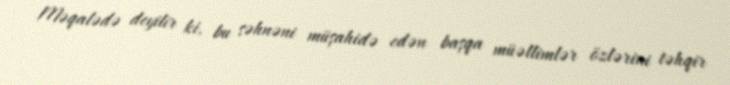
Məqalədə deyilir ki, bu səhnəni müşahidə edən başqa müəllimlər özlərini təhqir